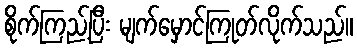
စိုက်ကြည့်ပြီး မျက်မှောင်ကြုတ်လိုက်သည်။